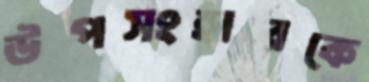
উপসংহারকে